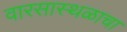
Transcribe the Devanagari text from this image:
वारसास्थळाचा